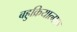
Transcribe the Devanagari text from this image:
बहुक्रियात्मक